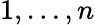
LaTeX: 1,\dots,n